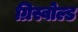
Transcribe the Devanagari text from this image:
ग्रिस्वोल्ड